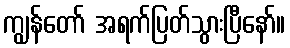
ကျွန်တော် အရက်ပြတ်သွားပြီနော်။